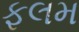
ફલમ